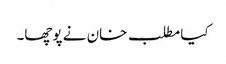
کیا مطلب خان نے پوچھا۔